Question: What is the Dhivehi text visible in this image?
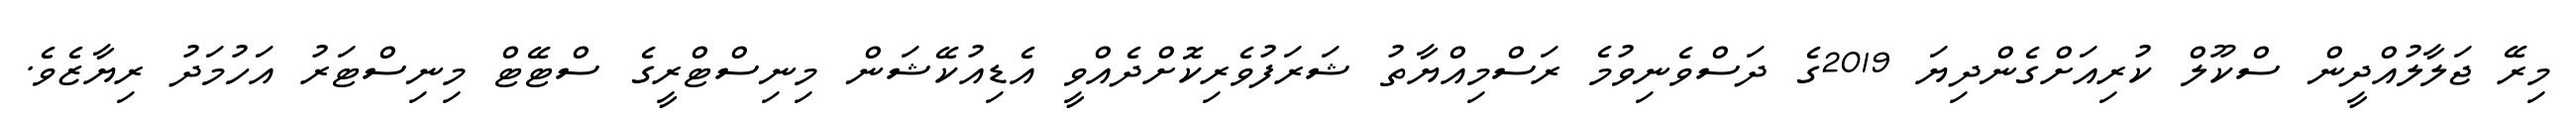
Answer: މިރޭ ޖަލާލުއްދީން ސްކޫލް ކުރިއަށްގެންދިޔަ 2019ގެ ދަސްވެނިވުމެ ރަސްމިއްޔާތު ޝަރަފުވެރިކޮށްދެއްވީ އެޑިއުކޭޝަން މިނިސްޓްރީގެ ސްޓޭޓް މިނިސްޓަރު އަހުމަދު ރިޔާޒެވެ.